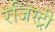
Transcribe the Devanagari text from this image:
रजिस्‍ट्री